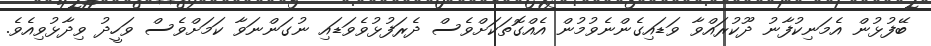
ބޭފުޅުން އެމަނިކުފާނު ދޫކުރައްވާ ވަޑައިގެންނެވުމުން އެއްގޮތަކަށްވެސް ދެރަފުޅުވެވަޑައި ނުގަންނަވާ ކަމަށްވެސް ވަހީދު ވިދާޅުވިއެވެ.